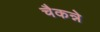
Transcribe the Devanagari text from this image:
चैकन्ने